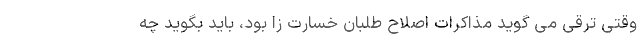
وقتی ترقی می گوید مذاکرات اصلاح طلبان خسارت زا بود، باید بگوید چه